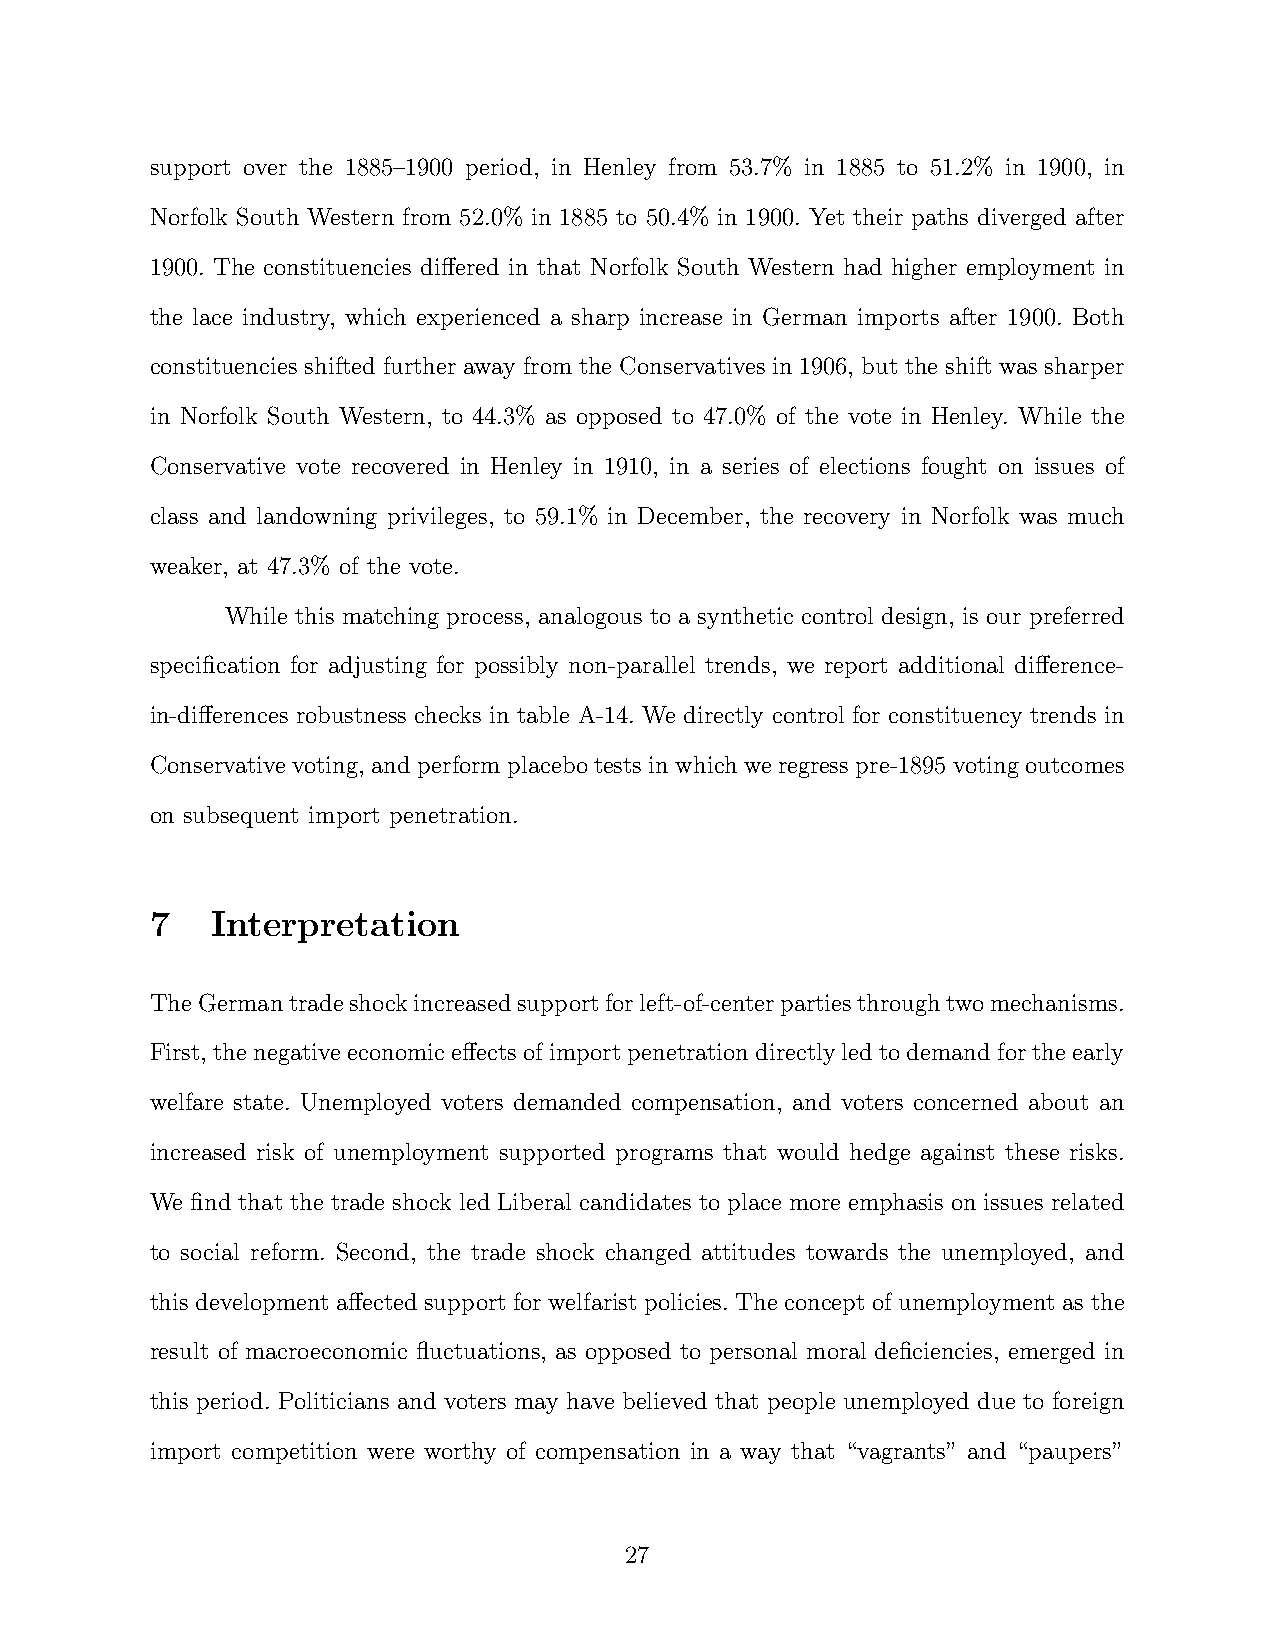
support over the 1885–1900 period, in Henley from 53.7% in 1885 to 51.2% in 1900, in
 Norfolk South Western from 52.0% in 1885 to 50.4% in 1900. Yet their paths diverged after
 1900. The constituencies differed in that Norfolk South Western had higher employment in
 the lace industry, which experienced a sharp increase in German imports after 1900. Both
 constituencies shifted further away from the Conservatives in 1906, but the shift was sharper
 in Norfolk South Western, to 44.3% as opposed to 47.0% of the vote in Henley. While the
 Conservative vote recovered in Henley in 1910, in a series of elections fought on issues of
 class and landowning privileges, to 59.1% in December, the recovery in Norfolk was much
 weaker, at 47.3% of the vote.
 While this matching process, analogous to a synthetic control design, is our preferred
 specification for adjusting for possibly non-parallel trends, we report additional difference-
 in-differences robustness checks in table A-14. We directly control for constituency trends in
 Conservativevoting,andperformplacebotestsinwhichweregresspre-1895votingoutcomes
 on subsequent import penetration.
 7   Interpretation
 TheGermantradeshockincreasedsupportforleft-of-centerpartiesthroughtwomechanisms.
 First,thenegativeeconomiceffectsofimportpenetrationdirectlyledtodemandfortheearly
 welfare state. Unemployed voters demanded compensation, and voters concerned about an
 increased risk of unemployment supported programs that would hedge against these risks.
 We find that the trade shock led Liberal candidates to place more emphasis on issues related
 to social reform. Second, the trade shock changed attitudes towards the unemployed, and
 this development affected support for welfarist policies. The concept of unemployment as the
 result of macroeconomic fluctuations, as opposed to personal moral deficiencies, emerged in
 this period. Politicians and voters may have believed that people unemployed due to foreign
 import competition were worthy of compensation in a way that “vagrants” and “paupers”
 27